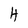
Character: H